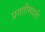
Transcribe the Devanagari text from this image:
प्रगतीमधली